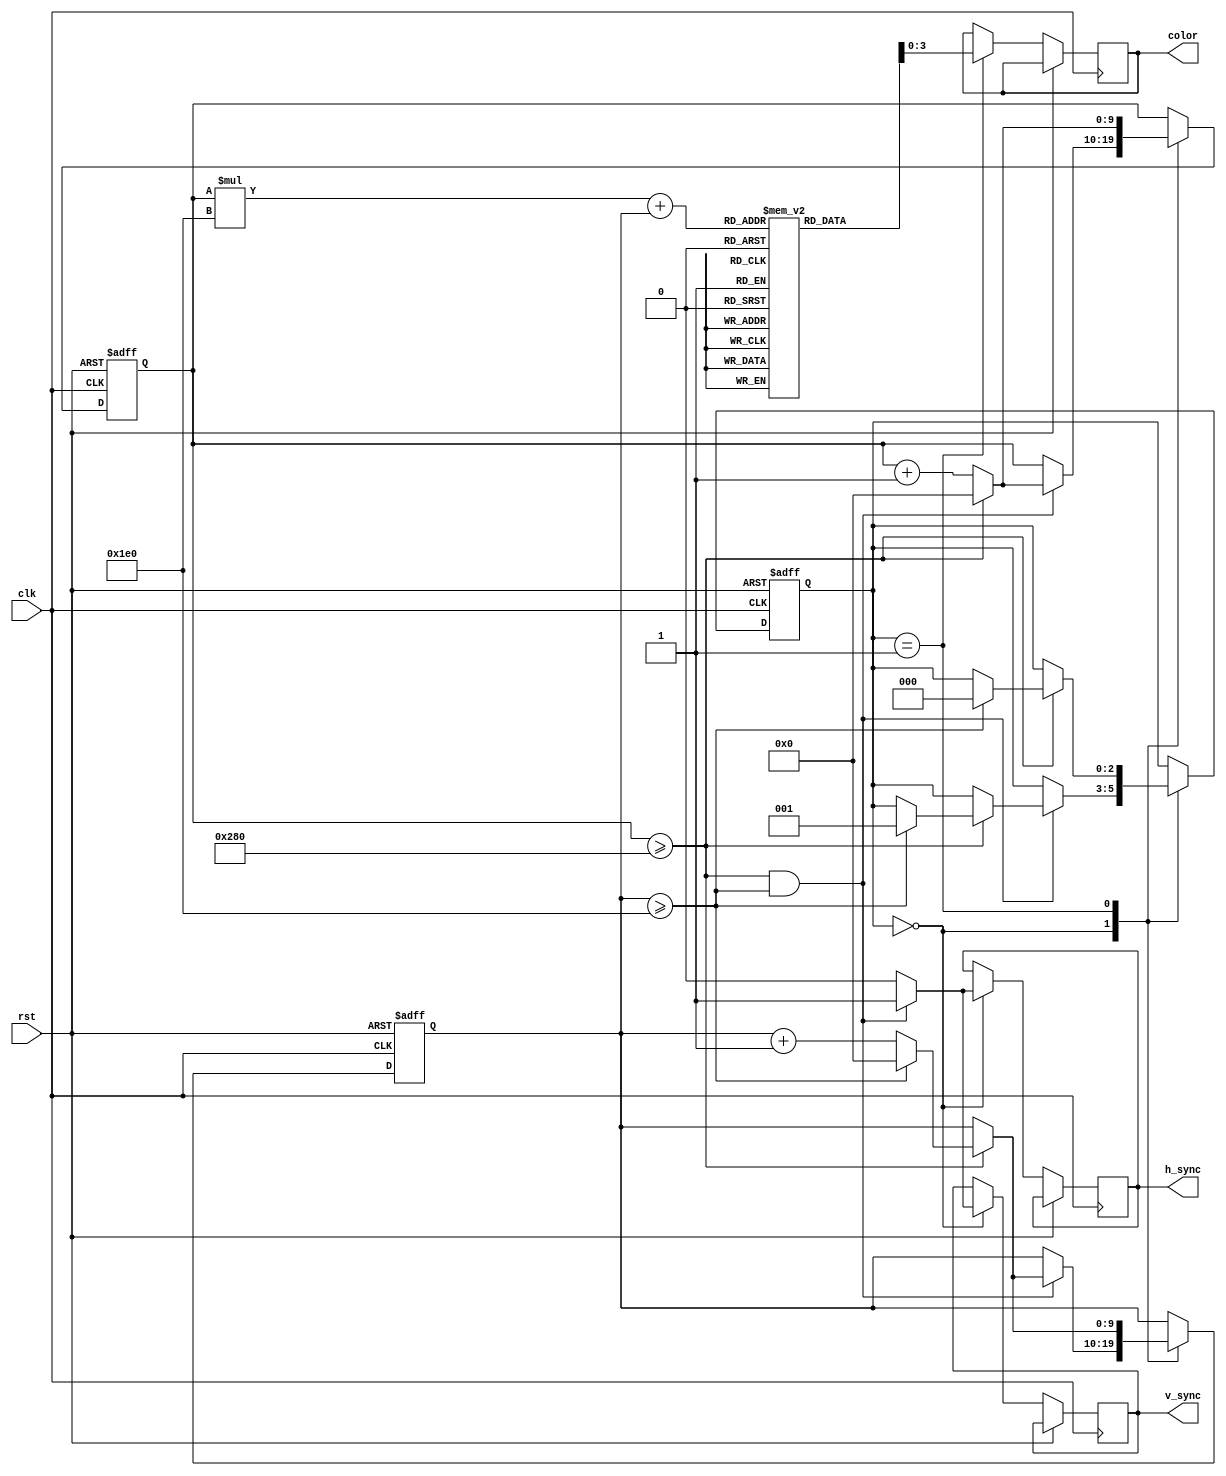
module VGA_controller(
    input clk,
    input rst,
    output reg h_sync,
    output reg v_sync,
    output reg [3:0] color
);

// Define necessary counters for tracking position
reg [9:0] h_counter;
reg [9:0] v_counter;

// Define memory block for storing pixel color data
reg [7:0] pixel_data [639:0][479:0]; // Assuming 640x480 resolution

// State machine for controlling VGA operation
reg [2:0] state;

parameter IDLE = 3'b000;
parameter DRAW_PIXEL = 3'b001;

always @ (posedge clk or posedge rst) begin
    if (rst) begin
        h_counter <= 10'b0;
        v_counter <= 10'b0;
        state <= IDLE;
    end else begin
        case (state)
            IDLE: begin
                // Logic for generating synchronization signals
                if ((h_counter >= 640) && (v_counter >= 480)) begin
                    h_sync <= 1;
                    v_sync <= 1;
                    if (h_counter >= 640) begin
                        h_counter <= 10'b0;
                        if (v_counter >= 480) begin
                            v_counter <= 10'b0;
                            state <= DRAW_PIXEL;
                        end else begin
                            v_counter <= v_counter + 1;
                        end
                    end else begin
                        h_counter <= h_counter + 1;
                    end
                end else begin
                    h_sync <= 0;
                    v_sync <= 0;
                end
            end
            DRAW_PIXEL: begin
                // Logic for retrieving pixel data from memory
                color <= pixel_data[h_counter][v_counter];
                
                // Increment counters for next pixel
                h_counter <= h_counter + 1;
                if (h_counter >= 640) begin
                    h_counter <= 10'b0;
                    v_counter <= v_counter + 1;
                    if (v_counter >= 480) begin
                        v_counter <= 10'b0;
                        state <= IDLE;
                    end
                end
            end
        endcase
    end
end

endmodule